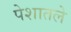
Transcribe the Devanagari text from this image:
पेशातले